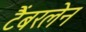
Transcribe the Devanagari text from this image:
टैंबरलेन